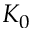
K _ { 0 }